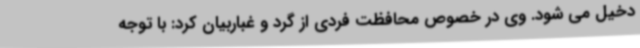
دخیل می شود. وی در خصوص محافظت فردی از گرد و غباربیان کرد: با توجه